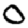
Digit: 0